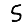
Digit: 5